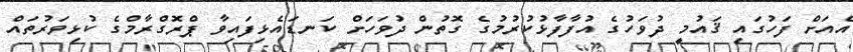
އެއަށް ފަހުގައި ޤައުމީ ދުވަހުގެ އުފާފާޅުކުރުމުގެ ގޮތުން ދުވަހަށް ކަނޑައެޅިފައިވާ ޕްރޮގްރާމްގެ ކުޅިވަރުތައް